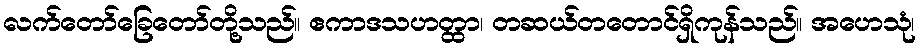
လက်တော်ခြေတော်တို့သည်။ ဧကာဒသဟတ္ထာ၊ တဆယ်တတောင်ရှိကုန်သည်။ အဟေသုံ၊